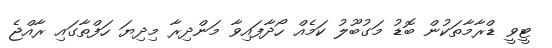
ޓީވީ ޑްރާމާތަކުން ބޮޑު މަގުބޫލު ކަމެއް ހޯދާފައިވާ މަންދިރާ މިދިޔަ ހަފްތާގައި ރާއްޖެ